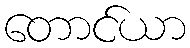
တောင်ယာ